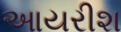
આયરીશ